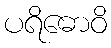
ပရိဓောဝိ